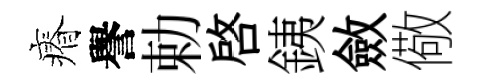
瘠譽勅啓銕斂儆